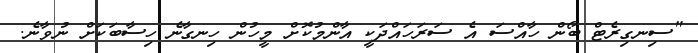
"ސިނގިރެޓް ބޯން ހާއްސަ އެ ސަރަހައްދަކީ އާންމުކޮށް މީހުން ހިނގާނެ ހިސާބަކަށް ނުވާނެ.